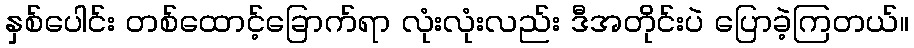
နှစ်ပေါင်း တစ်ထောင့်ခြောက်ရာ လုံးလုံးလည်း ဒီအတိုင်းပဲ ပြောခဲ့ကြတယ်။